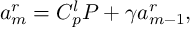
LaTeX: a _ { m } ^ { r } = C _ { p } ^ { l } P + \gamma a _ { m - 1 } ^ { r } ,